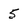
Character: 5